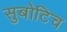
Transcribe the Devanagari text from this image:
सुबोटिच